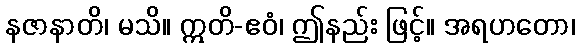
နဇာနာတိ၊ မသိ။ ဣတိ-ဧဝံ၊ ဤနည်း ဖြင့်။ အရဟတော၊